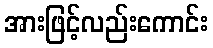
အားဖြင့်လည်းကောင်း